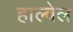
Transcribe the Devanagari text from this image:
हाल्वेल